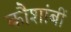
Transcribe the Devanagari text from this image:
कौशांबीं